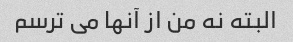
البته نه من از آنها می ترسم